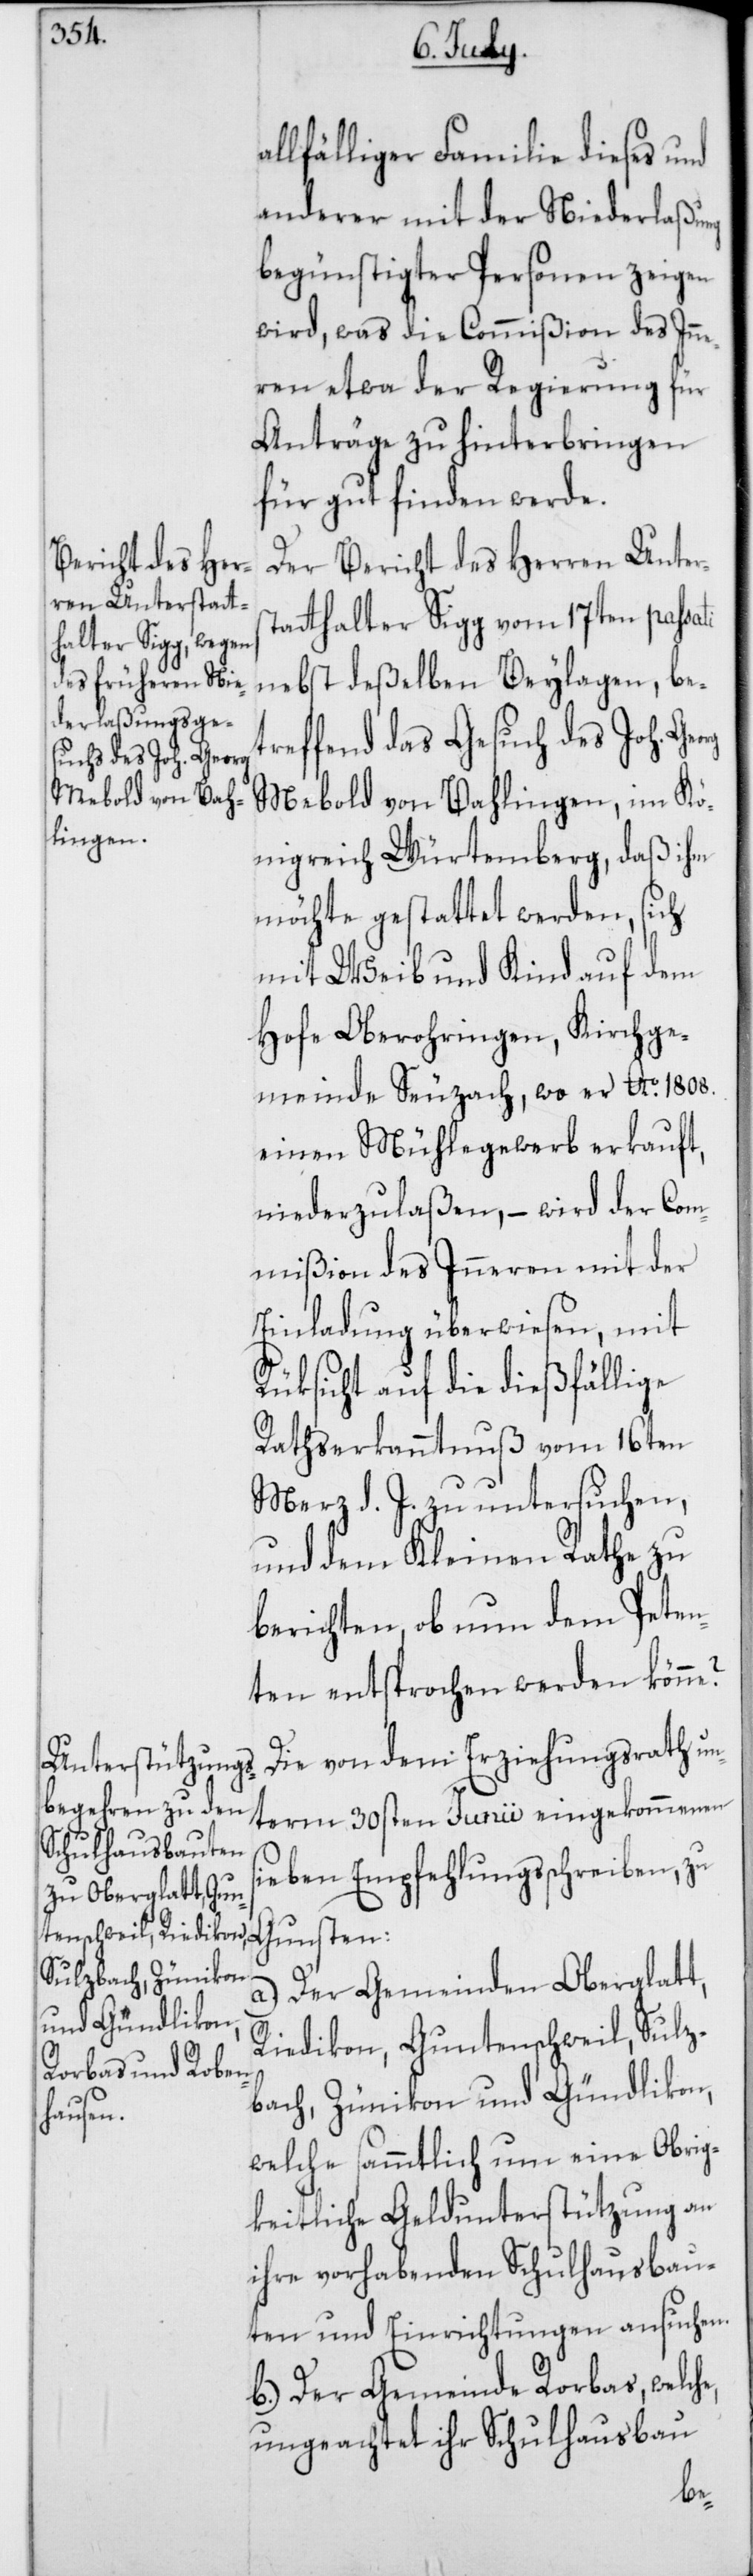
lfälliger Familie dieses und
anderer mit der Niederlaßung
begünstigter Personen zeigen
wird, was die Commißion des Inne¬
ren etwa der Regierung für
Anträge zu hinterbringen
für gut finden werde.
Der Bericht des Herren Unter¬
statthalter Sigg vom 17ten passati
nebst deßelben Beylagen, be¬
treffend das Gesuch des Joh.
Mebold von Bahlingen, im Kö¬
nigreich Würtemberg, daß ihm
möchte gestattet werden, sich
mit Weib und Kind auf dem
Hofe Oberohringen, Kirchge¬
meinde Seuzach, wo er Ao 1808.
einen Mühlegewerb erkauft,
niederzulaßen, – wird der Com¬
mißion des Inneren mit der
Einladung überwiesen, mit
Rüksicht auf die dießfällige
Rathserkanntnuß vom 16ten
Merz d. J. zu untersuchen,
und dem Kleinen Rathe zu
berichten, ob nun dem Peten¬
ten entsprochen werden könne?
Die von dem Erziehungsrath un¬
term 30sten Junii eingekommenen
sieben Empfehlungsschreiben, zu
Gunsten:
a.) Der Gemeinden Oberglatt,
Riedikon, Guntenschweil, Sulz¬
bach, Zünikon und Gündlikon,
welche sämmtlich um eine Obrig¬
keitliche Geldunterstützung an
ihre vorhabenden Schulhausbau¬
ten und Einrichtungen ansuchen.
b.) Der Gemeinde Rorbas, welch¬
ungeachtet ihr Schulhausbau
e,